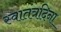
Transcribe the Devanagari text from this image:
स्वातंत्रदिना